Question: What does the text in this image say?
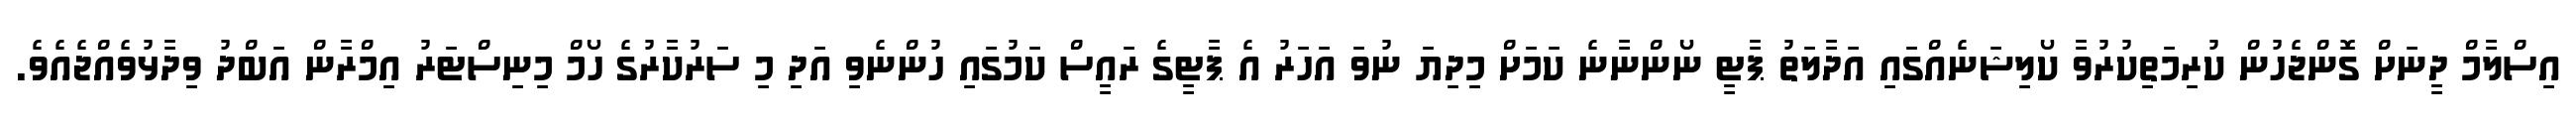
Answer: އިސްލާމް ދީނަށް ގޮންޖެހުން ކުރިމަތިކުރުވާ ކޯލިޝަނެއްގައި އަދާލަތު ޕާޓީ ނޯންނާނެ ކަމަށް މިދިޔަ ނުވަ އަހަރު އެ ޕާޓީގެ ރައީސް ކަމުގައި ހުންނެވި އަދި މި ސަރުކާރުގެ ހޯމް މިނިސްޓަރު އިމްރާން އަބްދު ވިދާޅުވެއްޖެއެވެ.